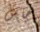
جاس